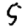
Digit: 5